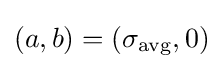
(a,b)=(\sigma _{\mathrm {avg} },0)